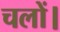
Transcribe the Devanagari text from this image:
चलों।